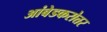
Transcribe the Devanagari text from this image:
आंबेडकरोत्तर